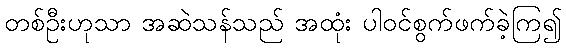
တစ်ဦးဟုသာ အဆဲသန်သည် အထုံး ပါဝင်စွက်ဖက်ခဲ့ကြ၍